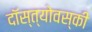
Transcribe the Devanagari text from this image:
दॉस्त्योवस्की